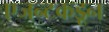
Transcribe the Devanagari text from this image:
एजन्टकडून